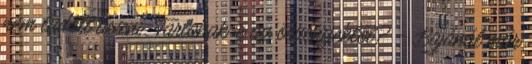
nem tudott úszni. Tartanak-e az örvényektől? – Bajánál már